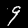
Label: 9